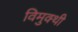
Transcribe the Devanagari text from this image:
विमुक्थी